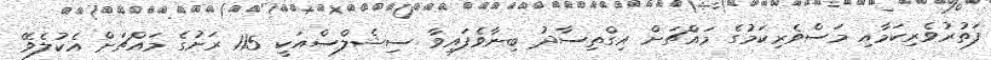
ފަތުރުވެރިކަމާއި މަސްވެރިކަމުގެ މައްޗަށް އިގްތިސާދު ބިނާވެފައިވާ ސިޝެލްސްއަކީ 115 ރަށުގެ މައްޗަށް އެކުލެވޭ